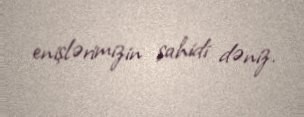
enişlərimizin şahidi dəniz.